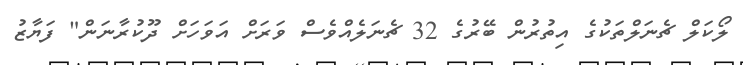
ލޯކަލް ޗެނަލްތަކުގެ އިތުރުން ބޭރުގެ 32 ޗެނަލެއްވެސް ވަރަށް އަވަހަށް ދޫކުރާނަން" ފަޔާޒު